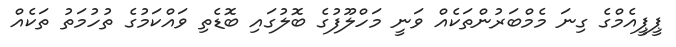
ޕީޕީއެމްގެ ގިނަ މެމްބަރުންތަކެއް ވަނީ މަހްލޫފުގެ ބޮލުގައި ބޮޑެތި ވައްކަމުގެ ތުހުމަތު ތަކެއް